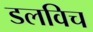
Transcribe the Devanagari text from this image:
डलविच